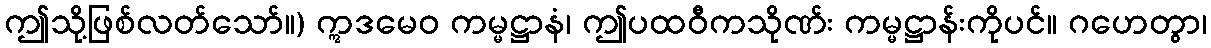
ဤသို့ဖြစ်လတ်သော်။) ဣဒမေဝ ကမ္မဋ္ဌာနံ၊ ဤပထဝီကသိုဏ်း ကမ္မဋ္ဌာန်းကိုပင်။ ဂဟေတွာ၊